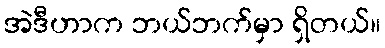
အဲဒီဟာက ဘယ်ဘက်မှာ ရှိတယ်။